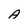
Character: A